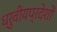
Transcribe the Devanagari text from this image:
ध्रुवीयप्रदेशों